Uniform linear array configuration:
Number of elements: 8
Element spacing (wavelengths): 0.25
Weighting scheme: binomial
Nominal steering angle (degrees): -45
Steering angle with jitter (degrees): -43.755
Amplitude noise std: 0.05
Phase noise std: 0.05

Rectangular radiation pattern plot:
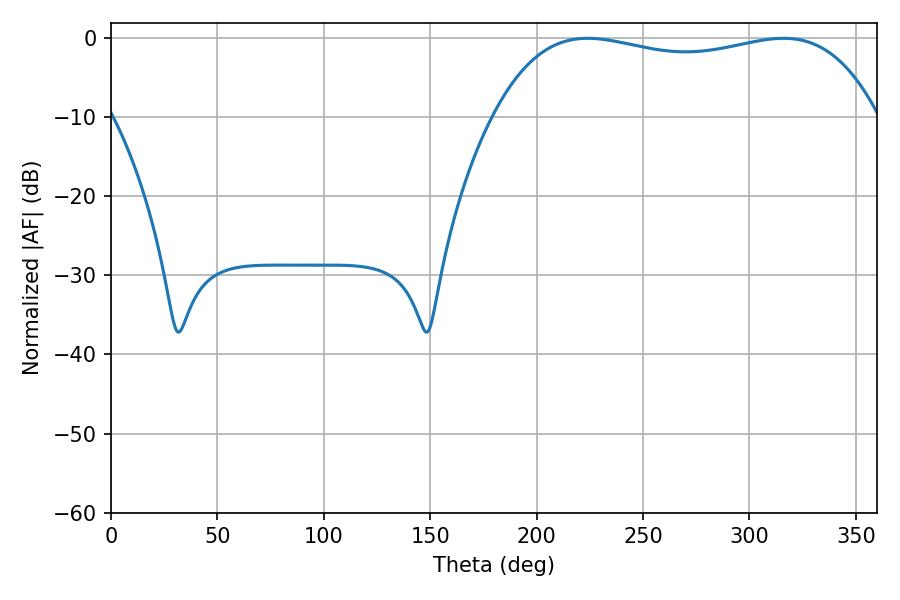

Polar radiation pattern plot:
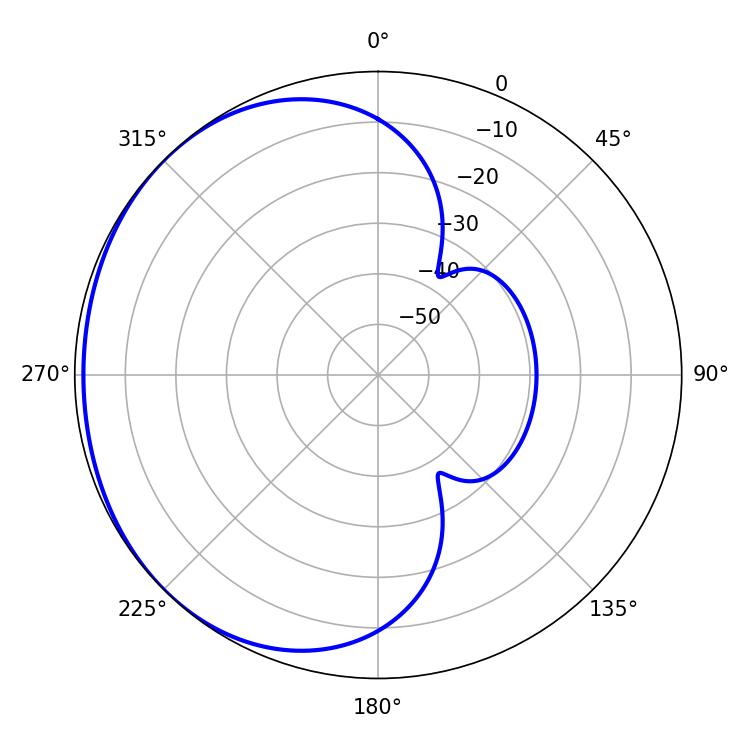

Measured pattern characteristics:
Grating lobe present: FALSE
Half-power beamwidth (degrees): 145.8
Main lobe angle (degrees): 223.92